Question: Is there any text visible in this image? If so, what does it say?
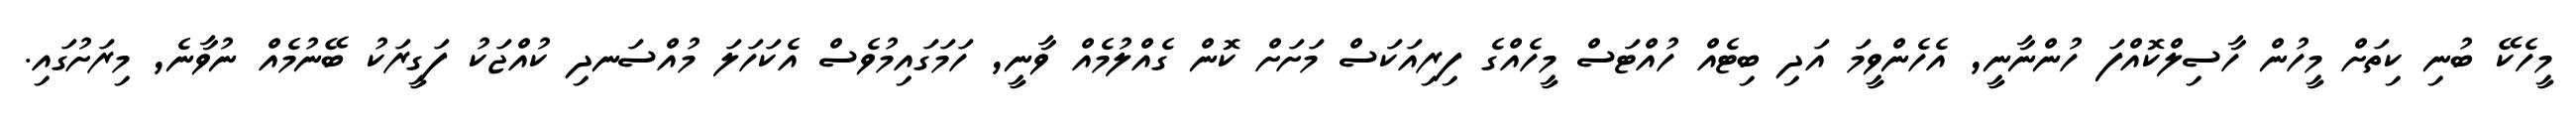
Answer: މީހެކޭ ބުނި ކިތަށް މީހުން ހާސިލްކޮއްފަ ހުންނާނީ, އެހެންވީމަ އަދި ބިޓެއް ހުއްޓަސް މީހެއްގެ ފިރިއަކަސް މަށަށް ކޮން ގެއްލުމެއް ވާނީ, ހަމަގައިމުވެސް އެކަހަލަ މުއްސަނދި ކުއްޖަކު ފަގީރަކު ބޭނުމެއް ނުވާނެ, މިރަށުގައި.